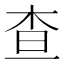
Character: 查